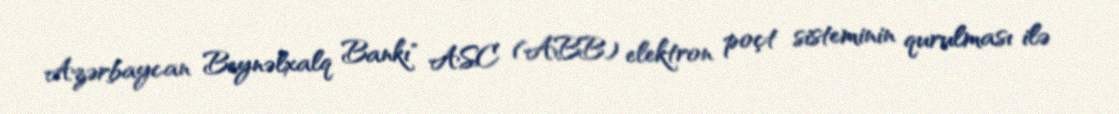
Azərbaycan Beynəlxalq Bankı" ASC (ABB) elektron poçt sisteminin qurulması ilə